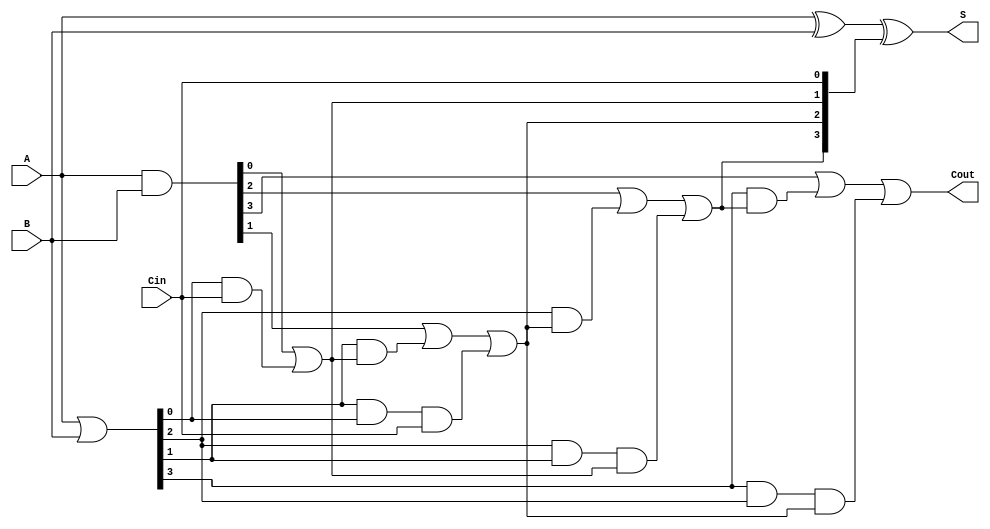
module carry_lookahead_adder #(
    parameter N = 4  // Number of bits
)(
    input  wire [N-1:0] A,      // First n-bit input
    input  wire [N-1:0] B,      // Second n-bit input
    input  wire Cin,             // Carry-in
    output wire [N-1:0] S,       // Sum output
    output wire Cout             // Carry-out
);

    wire [N-1:0] G;              // Generate signals
    wire [N-1:0] P;              // Propagate signals
    wire [N:0] C;                // Carry signals

    // Generate and propagate signals
    assign G = A & B;            // G[i] = A[i] & B[i]
    assign P = A | B;            // P[i] = A[i] | B[i]

    // Carry signal calculations
    assign C[0] = Cin;           // C[0] = Cin

    genvar i;
    generate
        for (i = 0; i < N; i = i + 1) begin: carry_gen
            if (i == 0) begin
                assign C[i + 1] = G[i] | (P[i] & C[i]); // C[1] = G[0] | (P[0] & Cin)
            end else begin
                assign C[i + 1] = G[i] | (P[i] & C[i]) | (P[i] & P[i-1] & C[i-1]);
            end
        end
    endgenerate

    // Sum calculation
    assign S = A ^ B ^ C[N-1:0]; // S[i] = A[i] ^ B[i] ^ C[i]

    // Carry-out
    assign Cout = C[N];          // Cout = C[n]

endmodule